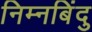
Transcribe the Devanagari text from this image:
निम्नबिंदु